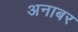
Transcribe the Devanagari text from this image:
अनाबर